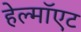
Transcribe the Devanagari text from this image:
हेल्मॉएट